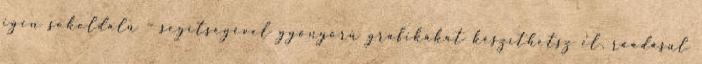
igen sokoldalú – segítségével gyönyörű grafikákat készíthetsz el, ráadásul